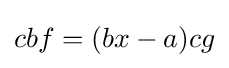
cbf=(bx-a)cg